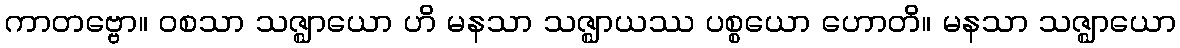
ကာတဗ္ဗော။ ဝစသာ သဇ္ဈာယော ဟိ မနသာ သဇ္ဈာယဿ ပစ္စယော ဟောတိ။ မနသာ သဇ္ဈာယော